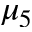
\mu _ { 5 }